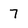
Character: 7